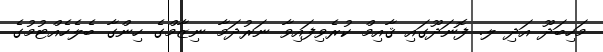
މަހިބަދޫ އަދި ލ. ފޮނަދޫގައި ޤާއިމް ކުރެވިފައިވާ ނަރުދަމާ ނިޒާމްގެ ހިންގާ ބެލެހެއްޓުމުގެ